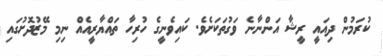
ކުރަމުން ދިއައީ ރީޝާ އަންނާނެ ވަގުތަކަށެވެ. ކައިވެނީގެ ހުރިހާ ތައްޔާރީއެއް ނިމި މޭޒުދޮށުގައިި